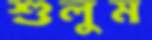
শুলুম